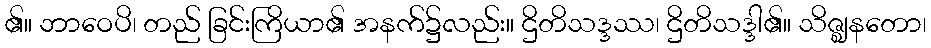
၏။ ဘာဝေပိ၊ တည် ခြင်းကြိယာ၏ အနက်၌လည်း။ ဌိတိသဒ္ဒဿ၊ ဌိတိသဒ္ဒါ၏။ သိဇ္ဈနတော၊